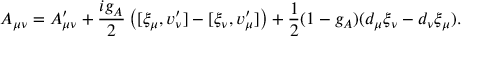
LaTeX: A _ { \mu \nu } = { \cal A } _ { \mu \nu } ^ { \prime } + \frac { i g _ { A } } { 2 } \left( [ \xi _ { \mu } , v _ { \nu } ^ { \prime } ] - [ \xi _ { \nu } , v _ { \mu } ^ { \prime } ] \right) + \frac { 1 } { 2 } ( 1 - g _ { A } ) ( d _ { \mu } \xi _ { \nu } - d _ { \nu } \xi _ { \mu } ) .